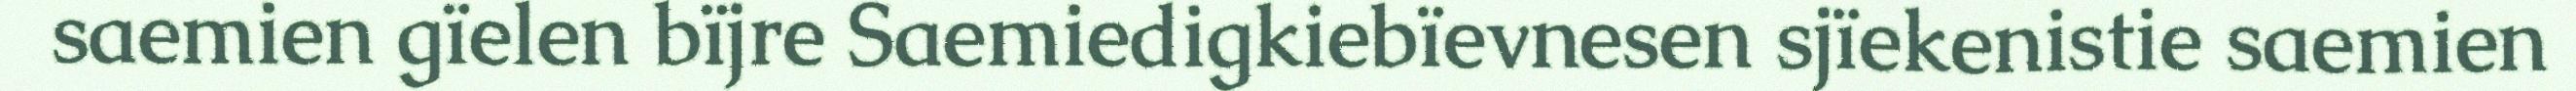
saemien gïelen bïjre Saemiedigkiebïevnesen sjïekenistie saemien